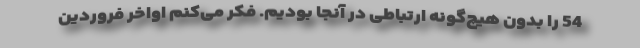
54 را بدون هیچ‌گونه ارتباطی در آنجا بودیم. فكر می‌كنم اواخر فروردین